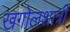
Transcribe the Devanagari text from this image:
खगोलशात्री